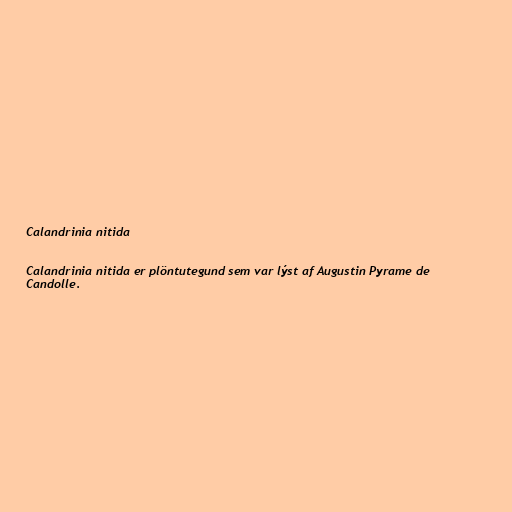
Calandrinia nitida

Calandrinia nitida er plöntutegund sem var lýst af Augustin Pyrame de
Candolle.